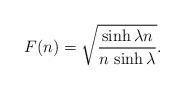
LaTeX: \begin{align*}F(n)=\sqrt {\frac {\sinh \lambda n}{n \, \sinh \lambda }}.\end{align*}